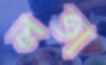
লতা